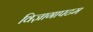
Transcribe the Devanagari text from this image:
विज़ागापटम